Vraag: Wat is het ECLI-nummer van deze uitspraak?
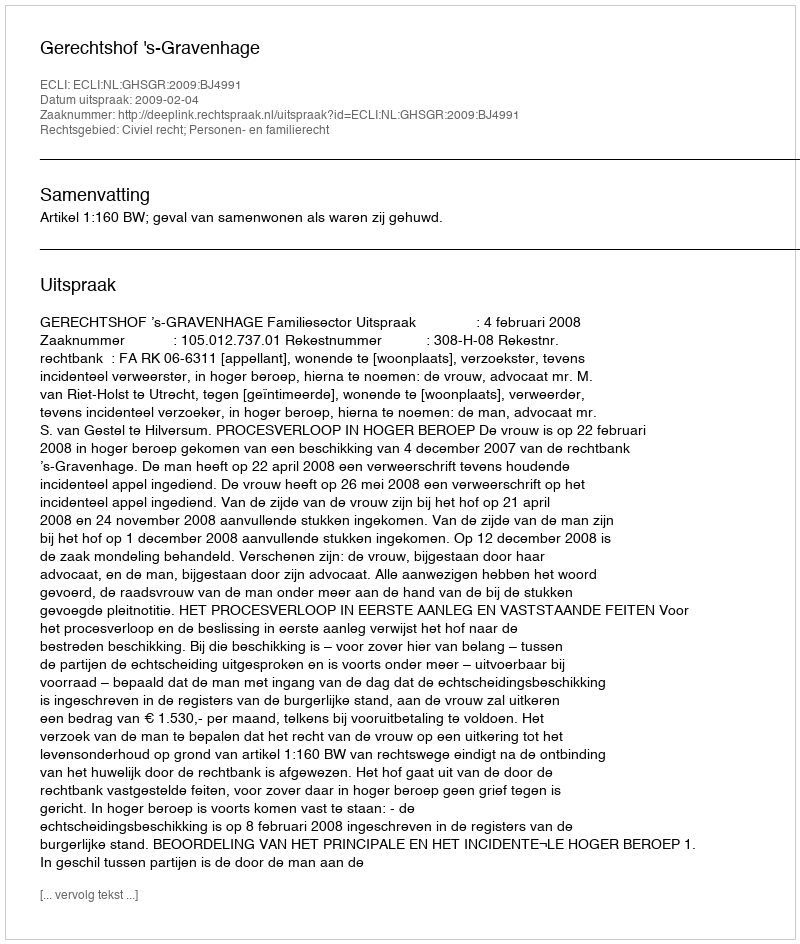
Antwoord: ECLI:NL:GHSGR:2009:BJ4991